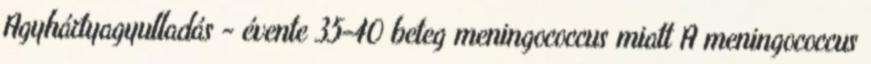
Agyhártyagyulladás - évente 35-40 beteg meningococcus miatt A meningococcus